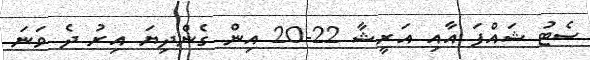
ސެޓު ޝައްފަ އާއި އަރީޝާ 22-20 އިން ގެންދިޔަ އިރު ދެ ވަނަ